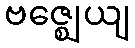
ဗဇ္ဈေယျ